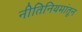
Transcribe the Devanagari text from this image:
नीतिनियमांतून